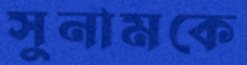
সুনামকে